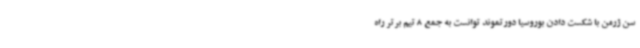
سن ژرمن با شکست دادن بوروسیا دورتموند توانست به جمع 8 تیم برتر راه